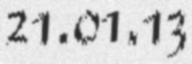
21.01.13